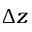
\Delta z